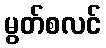
မွတ်စလင်